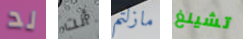
لد أنت مازلتم تشينغ